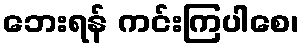
ဘေးရန် ကင်းကြပါစေ၊